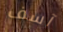
آسف